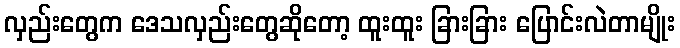
လှည်းတွေက ဒေသလှည်းတွေဆိုတော့ ထူးထူး ခြားခြား ပြောင်းလဲတာမျိုး